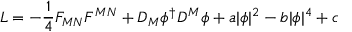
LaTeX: { \cal L } = - { \frac { 1 } { 4 } } F _ { M N } F ^ { M N } + D _ { M } \phi ^ { \dagger } D ^ { M } \phi + a | \phi | ^ { 2 } - b | \phi | ^ { 4 } + c